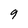
Character: 9